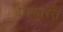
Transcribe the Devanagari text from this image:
बक्कारत